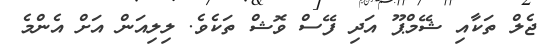
ޖެލް ތަކާއި ޝޭމްޕޫ އަދި ފޭސް ވޮޝް ތަކެވެ. ލިލިއަން އަށް އެންމެ